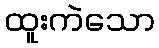
ထူးကဲသော